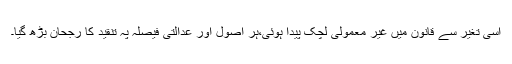
اسی تغیر سے قانون میں غیر معمولی لچک پیدا ہوئی،ہر اصول اور عدالتی فیصلہ پہ تنقید کا رجحان بڑھ گیا۔